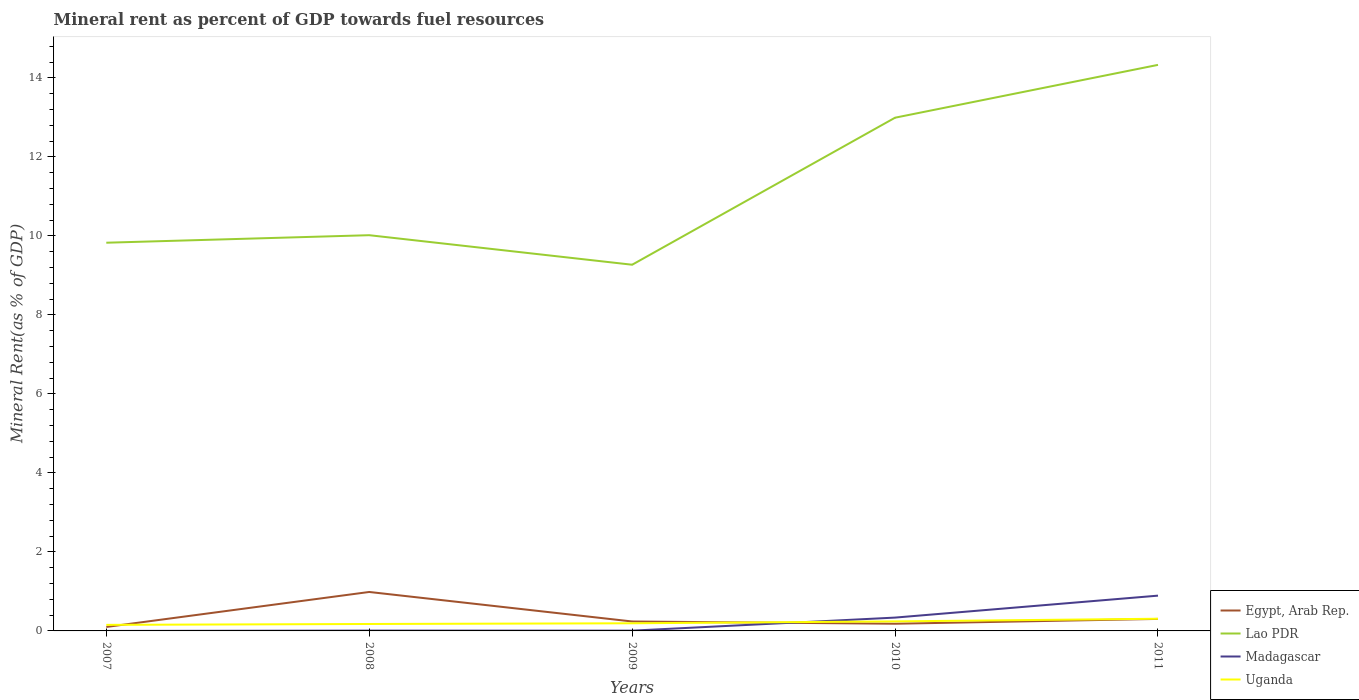
| Years | Egypt, Arab Rep. | Lao PDR | Madagascar | Uganda |
 | --- | --- | --- | --- | --- |
 | 2007 | 0.1 | 9.83 | 0.000146 | 0.153 |
 | 2008 | 0.986 | 10 | 0.0082 | 0.176 |
 | 2009 | 0.239 | 9.27 | 0.00706 | 0.193 |
 | 2010 | 0.182 | 13 | 0.337 | 0.241 |
 | 2011 | 0.304 | 14.3 | 0.893 | 0.309 |